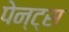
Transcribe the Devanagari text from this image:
पेन्ट्स